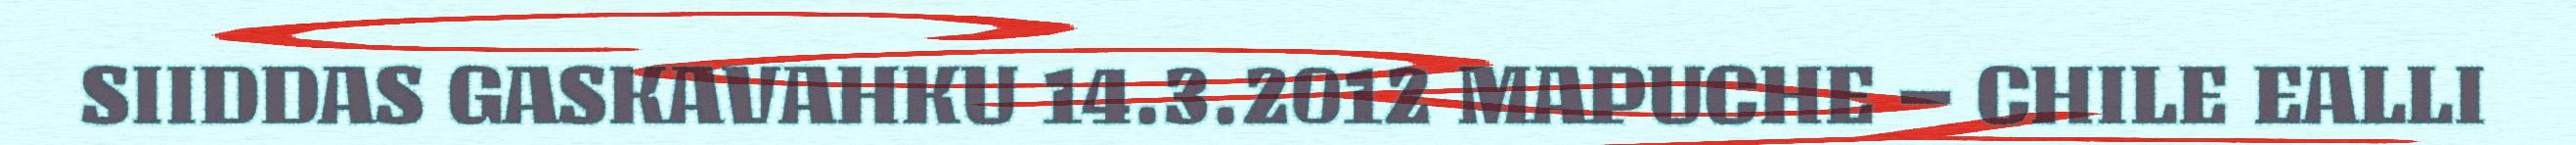
SIIDDAS GASKAVAHKU 14.3.2012 MAPUCHE – CHILE EALLI